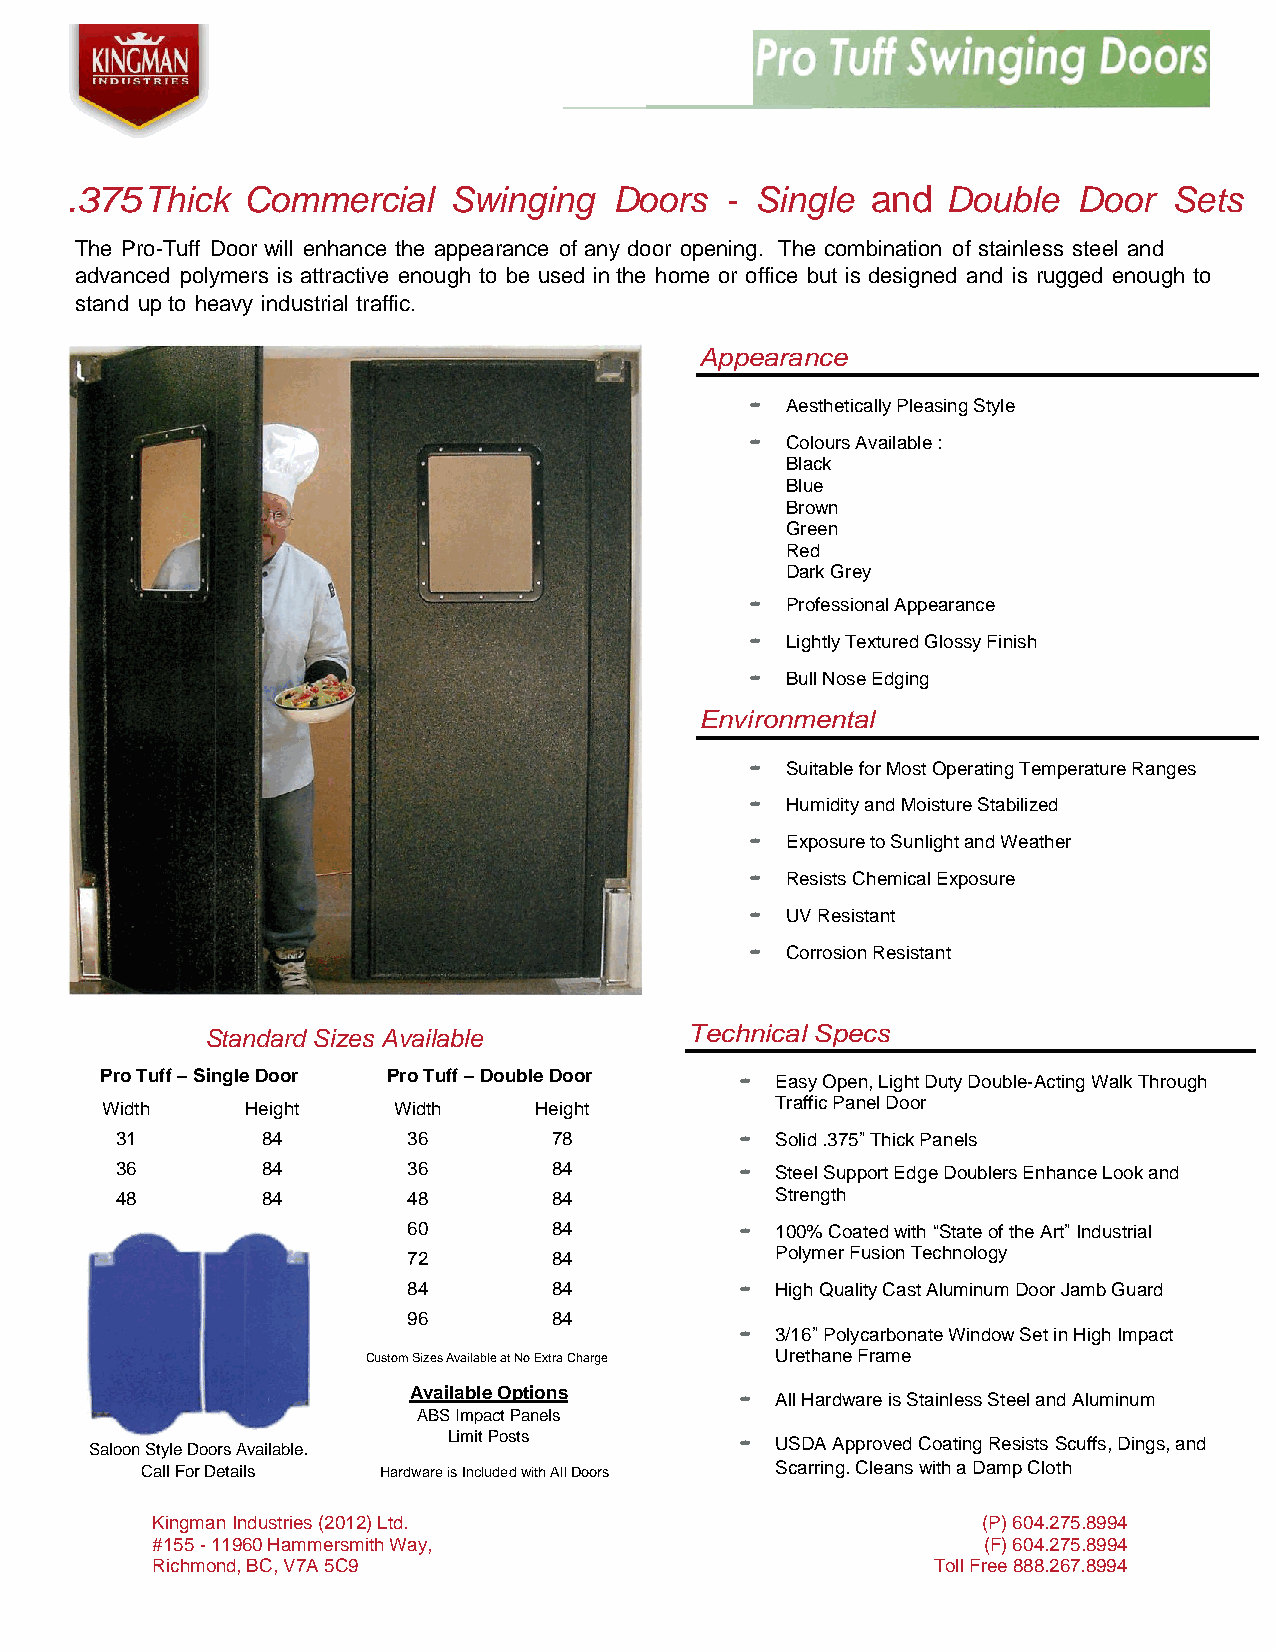
.375  Thick Commercial    Swinging   Doors  - Single  and  Double  Door   Sets
 The Pro-Tuff Door will enhance the appearance of any door opening. The combination of stainless steel and
 advanced polymers is attractive enough to be used in the home or office but is designed and is rugged enough to
 stand up to heavy industrial traffic.
 Appearance
 • Aesthetically Pleasing Style
 • Colours Available :
 Black
 Blue
 Brown
 Green
 Red
 Dark Grey
 • Professional Appearance
 • Lightly Textured Glossy Finish
 • Bull Nose Edging
 Environmental
 • Suitable for Most Operating Temperature Ranges
 • Humidity and Moisture Stabilized
 • Exposure to Sunlight and Weather
 • Resists Chemical Exposure
 • UV Resistant
 • Corrosion Resistant
 Standard Sizes Available        Technical Specs
 Pro Tuff – Single Door Pro Tuff – Double Door • Easy Open, Light Duty Double-Acting Walk Through
 Width    Height    Width    Height          Traffic Panel Door
 31       84        36        78          • Solid .375” Thick Panels
 36       84        36        84          • Steel Support Edge Doublers Enhance Look and
 48       84        48        84            Strength
 60        84          • 100% Coated with “State of the Art” Industrial
 72        84            Polymer Fusion Technology
 84        84          • High Quality Cast Aluminum Door Jamb Guard
 96        84
 • 3/16” Polycarbonate Window Set in High Impact
 Custom Sizes Available at No Extra Charge Urethane Frame
 Available Options
 • All Hardware is Stainless Steel and Aluminum
 ABS Impact Panels
 Limit Posts        • USDA Approved Coating Resists Scuffs, Dings, and
 Saloon Style Doors Available.
 Call For Details Hardware is Included with All Doors Scarring. Cleans with a Damp Cloth
 Kingman Industries (2012) Ltd.                         (P) 604.275.8994
 #155 - 11960 Hammersmith Way,                          (F) 604.275.8994
 Richmond, BC, V7A 5C9                               Toll Free 888.267.8994